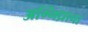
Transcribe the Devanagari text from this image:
अग्निध्राचा